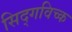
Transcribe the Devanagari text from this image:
सिद्गविच्क